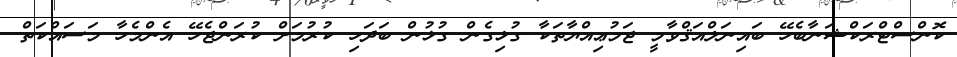
ކޮންސްޓްރަކްޝަނާބެހޭ ބައިނަލްއަޤްވާމީ ޖަމުޢިއްޔާތަކާ ގުޅިގެން ގުޅުން ބަދަހި ކުރުމަށް ކުރަންޖެހޭ އެންމެހާ މަސައްކަތް